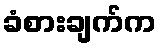
ခံစားချက်က